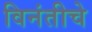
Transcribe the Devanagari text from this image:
विनंतीचे